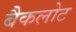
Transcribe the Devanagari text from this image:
बैकलोट